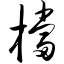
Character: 档